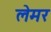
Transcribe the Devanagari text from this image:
लेमर